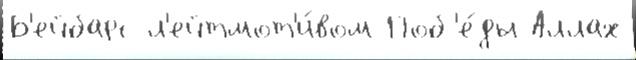
Б'ейбарс л'ейтмот'и́вом Поб'е́ды Аллах